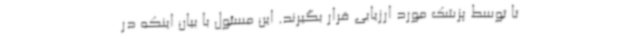
تا توسط پزشک مورد ارزیابی قرار بگیرند. این مسئول با بیان اینکه در